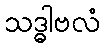
သဒ္ဓါဗလံ